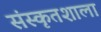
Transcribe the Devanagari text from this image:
संस्कृतशाला